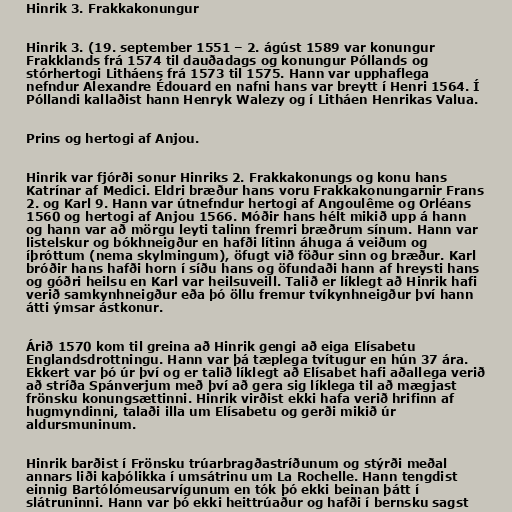
Hinrik 3. Frakkakonungur

Hinrik 3. (19. september 1551 – 2. ágúst 1589 var konungur
Frakklands frá 1574 til dauðadags og konungur Póllands og
stórhertogi Litháens frá 1573 til 1575. Hann var upphaflega
nefndur Alexandre Édouard en nafni hans var breytt í Henri 1564. Í
Póllandi kallaðist hann Henryk Walezy og í Litháen Henrikas Valua.

Prins og hertogi af Anjou.

Hinrik var fjórði sonur Hinriks 2. Frakkakonungs og konu hans
Katrínar af Medici. Eldri bræður hans voru Frakkakonungarnir Frans
2. og Karl 9. Hann var útnefndur hertogi af Angoulême og Orléans
1560 og hertogi af Anjou 1566. Móðir hans hélt mikið upp á hann
og hann var að mörgu leyti talinn fremri bræðrum sínum. Hann var
listelskur og bókhneigður en hafði lítinn áhuga á veiðum og
íþróttum (nema skylmingum), öfugt við föður sinn og bræður. Karl
bróðir hans hafði horn í síðu hans og öfundaði hann af hreysti hans
og góðri heilsu en Karl var heilsuveill. Talið er líklegt að Hinrik hafi
verið samkynhneigður eða þó öllu fremur tvíkynhneigður því hann
átti ýmsar ástkonur.

Árið 1570 kom til greina að Hinrik gengi að eiga Elísabetu
Englandsdrottningu. Hann var þá tæplega tvítugur en hún 37 ára.
Ekkert var þó úr því og er talið líklegt að Elísabet hafi aðallega verið
að stríða Spánverjum með því að gera sig líklega til að mægjast
frönsku konungsættinni. Hinrik virðist ekki hafa verið hrifinn af
hugmyndinni, talaði illa um Elísabetu og gerði mikið úr
aldursmuninum.

Hinrik barðist í Frönsku trúarbragðastríðunum og stýrði meðal
annars liði kaþólikka í umsátrinu um La Rochelle. Hann tengdist
einnig Bartólómeusarvígunum en tók þó ekki beinan þátt í
slátruninni. Hann var þó ekki heittrúaður og hafði í bernsku sagst